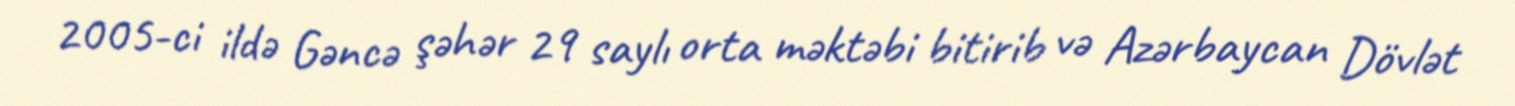
2005-ci ildə Gəncə şəhər 29 saylı orta məktəbi bitirib və Azərbaycan Dövlət